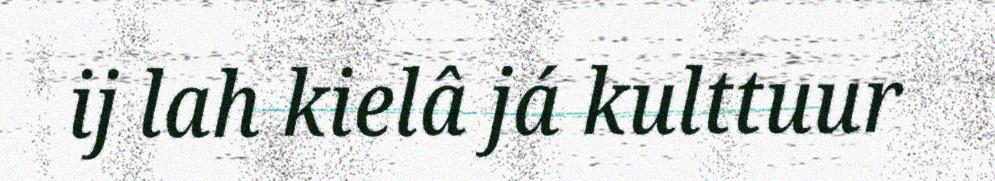
ij lah kielâ já kulttuur